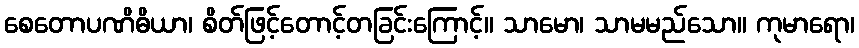
စေတောပဏိဓိယာ၊ စိတ်ဖြင့်တောင့်တခြင်းကြောင့်။ သာမော၊ သာမမည်သော။ ကုမာရော၊